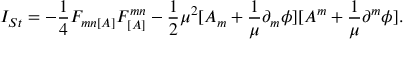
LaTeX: I _ { S t } = - \frac { 1 } { 4 } F _ { m n [ A ] } F _ { [ A ] } ^ { m n } - \frac { 1 } { 2 } \mu ^ { 2 } [ A _ { m } + \frac { 1 } { \mu } \partial _ { m } \phi ] [ A ^ { m } + \frac { 1 } { \mu } \partial ^ { m } \phi ] .